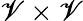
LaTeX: \mathscr{V}\times\mathscr{V}